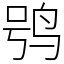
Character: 鸮